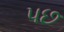
પછ